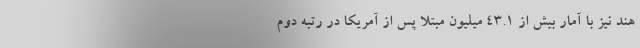
هند نیز با آمار بیش از ۴۳.۱ میلیون مبتلا پس از آمریکا در رتبه دوم